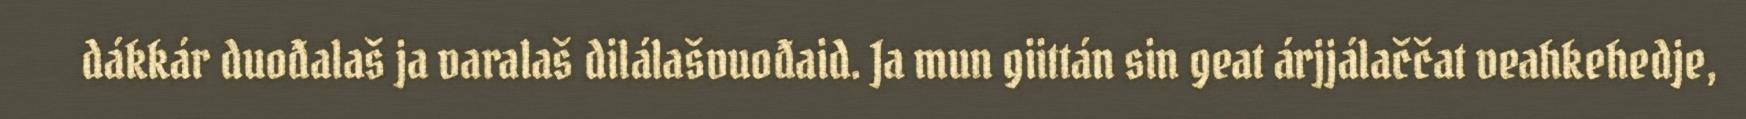
dákkár duođalaš ja varalaš dilálašvuođaid. Ja mun giittán sin geat árjjálaččat veahkehedje,